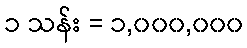
၁ သန်း = ၁,၀၀၀,၀၀၀